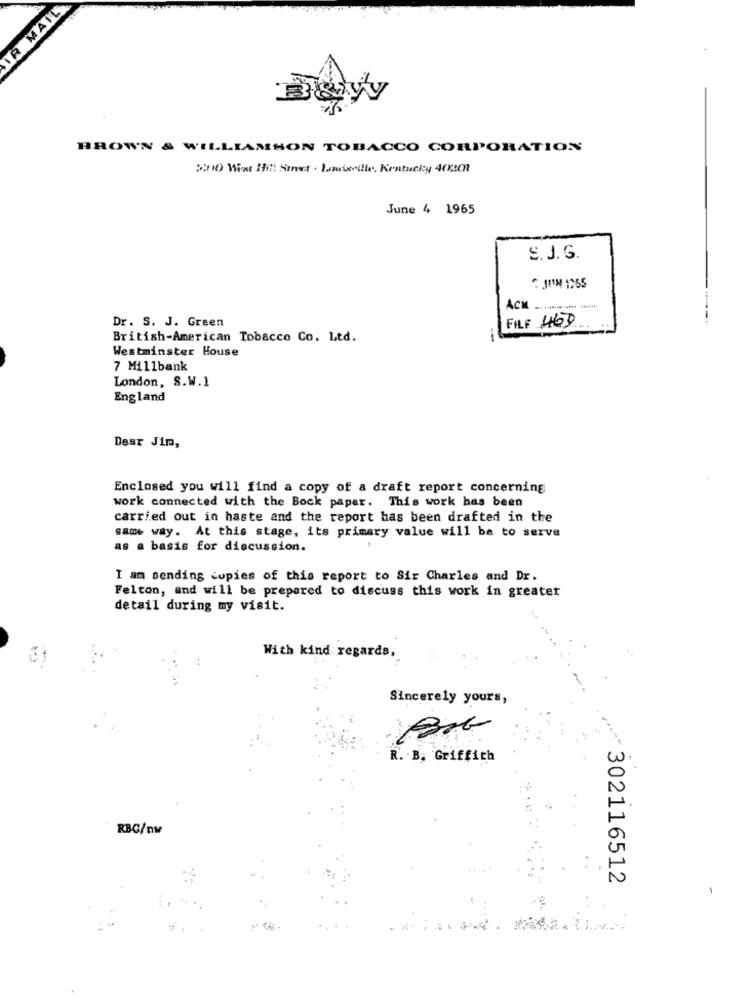
IR MAIL
BROWN & WILLIAMSON TOBACCO CORPORATION
SO Wist It! Street . Jamiedle, Kentucky 40301
June 4 1965
S. J. G.
JUIN 1765
Dr. S. J. Green
FILE 469
British-American Tobacco Co. Ltd.
-
Westminster House
7 Millbank
London, S.W.1
England
Dear Jip,
Enclosed you will find a copy of a draft report concerning
work connected with the Bock paper. This work has been
carried out in haste and the report has been drafted in the
same way. At this stage, its primary value will be to serve
as a basis for discussion.
I am sending copies of this report to Sir Charles and Dr.
Felton, and will be prepared to discuss this work in greater
detail during my visit.
With kind regards,
Sincerely yours,
R. B. Griffith
RBC/nw
302116512
-